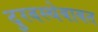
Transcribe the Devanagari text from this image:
दुरवस्थेबाबत